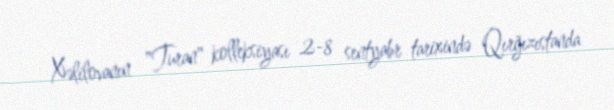
Xəlilovanın "Turan" kolleksiyası 2-8 sentyabr tarixində Qırğızıstanda